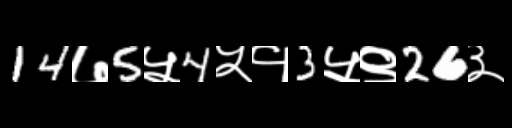
Text: 14७5५4५१3५९26३